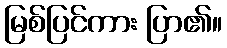
မြစ်ပြင်ကား ပြာ၏။